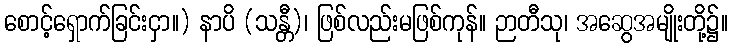
စောင့်ရှောက်ခြင်းငှာ။) နာပိ (သန္တီ)၊ ဖြစ်လည်းမဖြစ်ကုန်။ ဉာတီသု၊ အဆွေအမျိုးတို့၌။